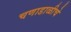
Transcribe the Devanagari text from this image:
चणाडाळीचे